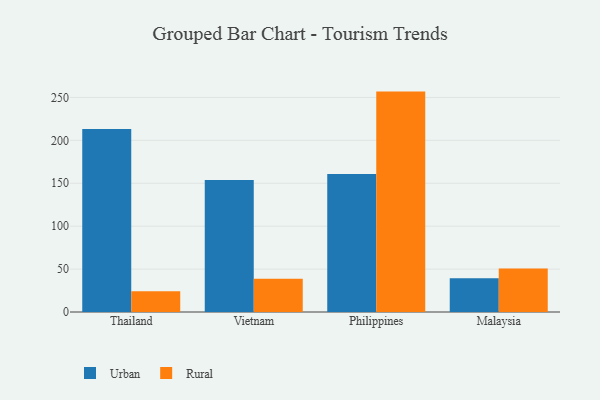
{"axis": {"x": "Country", "y": "LTV (USD)"}, "legend": ["Rural", "Urban"], "data": [{"x": "Thailand", "y": 213.3, "type": "Urban"}, {"x": "Thailand", "y": 24.2, "type": "Rural"}, {"x": "Vietnam", "y": 153.8, "type": "Urban"}, {"x": "Vietnam", "y": 38.7, "type": "Rural"}, {"x": "Philippines", "y": 160.8, "type": "Urban"}, {"x": "Philippines", "y": 256.8, "type": "Rural"}, {"x": "Malaysia", "y": 39.3, "type": "Urban"}, {"x": "Malaysia", "y": 50.6, "type": "Rural"}]}